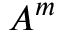
A ^ { m }